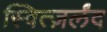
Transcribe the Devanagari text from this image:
स्वित्ज़र्लंद